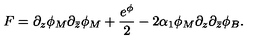
F = \partial _ { z } \phi _ { M } \partial _ { \bar { z } } \phi _ { M } + \frac { e ^ { \phi } } { 2 } - 2 \alpha _ { 1 } \phi _ { M } \partial _ { z } \partial _ { \bar { z } } \phi _ { B } .